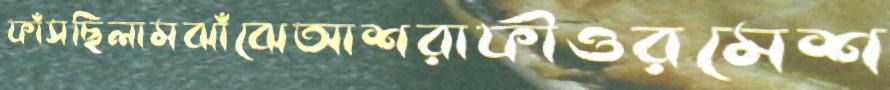
ফাঁসছিলামঝাঁঝেআশরাফীওরমেশ